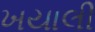
ખયાલી